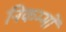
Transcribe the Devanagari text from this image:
निकम्मों